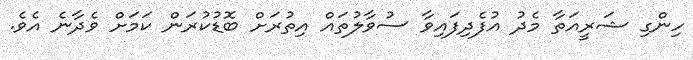
ހިންގި ޝަރީއަތާ މެދު އުފެދިފައިވާ ސުވާލުތައް އިތުރަށް ބޮޑުކުރަން ކަމަށް ވެދާނެ އެވެ.